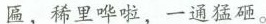
匾，稀里哗啦，一通猛砸。